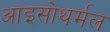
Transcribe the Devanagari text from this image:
आइसोथर्मल